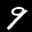
Label: 9